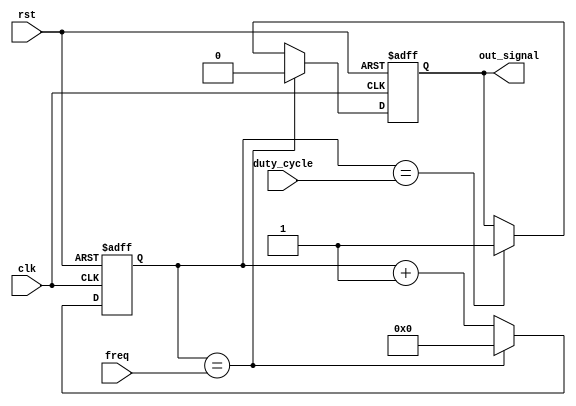
module Periodic_Timer (
  input wire clk, // Clock input
  input wire rst, // Reset input
  input wire [31:0] freq, // Frequency input
  input wire [31:0] duty_cycle, // Duty cycle input
  output reg out_signal // Periodic signal output
);

reg [31:0] counter;

always @(posedge clk or posedge rst) begin
  if (rst) begin
    counter <= 32'b0;
    out_signal <= 1'b0;
  end
  else begin
    counter <= counter + 1;
    if (counter == freq) begin
      counter <= 32'b0;
      out_signal <= 1'b0;
    end
    else if (counter == duty_cycle) begin
      out_signal <= 1'b1;
    end
  end
end

endmodule